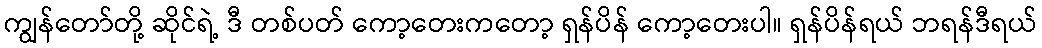
ကျွန်တော်တို့ ဆိုင်ရဲ့ ဒီ တစ်ပတ် ကော့တေးကတော့ ရှန်ပိန် ကော့တေးပါ။ ရှန်ပိန်ရယ် ဘရန်ဒီရယ်